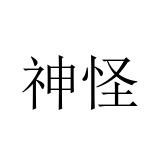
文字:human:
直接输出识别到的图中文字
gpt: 神怪